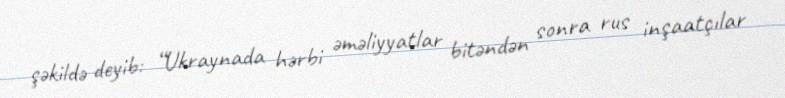
şəkildə deyib: “Ukraynada hərbi əməliyyatlar bitəndən sonra rus inşaatçılar